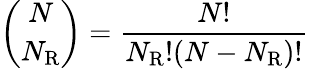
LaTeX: {\binom{N}{N_{\mathrm{{R}}}}}={\frac{N!}{N_{\mathrm{{R}}}!(N-N_{\mathrm{{R}}})!}}